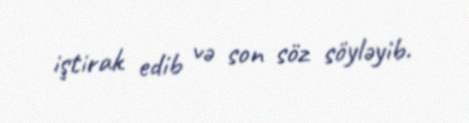
iştirak edib və son söz söyləyib.